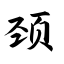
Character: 颈